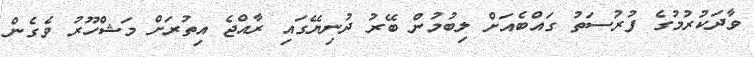
ވާދަކުރުމުގެ ފުރުސަތު ގައްބެއަށް ލިބުމުން ބޭރު ދުނިޔޭގައި ރާއްޖެ އިތުރަށް މަޝްހޫރު ވެގެން